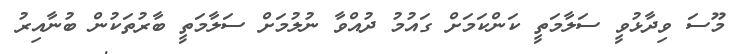
މޫސަ ވިދާޅުވީ ސަލާމަތީ ކަންކަމަށް ގައުމު ދުއްވާ ނުލުމަށް ސަލާމަތީ ބާރުތަކުން ބުނާއިރު